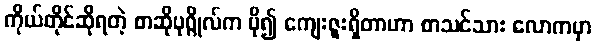
ကိုယ်တိုင်ဆိုရတဲ့ စာဆိုပုဂ္ဂိုလ်က ပို၍ ကျေးဇူးရှိတာဟာ စာသင်သား လောကမှာ